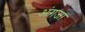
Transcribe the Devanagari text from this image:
अंगजा